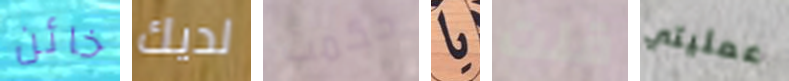
خائن لديك حكمت يا قلت عمليتي